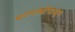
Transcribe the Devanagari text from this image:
चरणार्धापासून